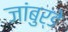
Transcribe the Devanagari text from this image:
जांबुर्डे